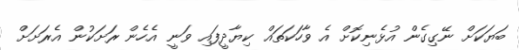
ބަޔަކަށް ނޭގިގެން އުޅެނިކޮށް އެ ވާހަކަތައް ކިޔާދީފައި ވަނީ އެހެން ރަށަކުން އެރަށަށް